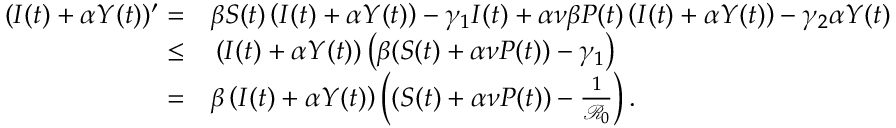
\begin{array} { r l } { ( I ( t ) + \alpha Y ( t ) ) ^ { \prime } = } & { { } \beta S ( t ) \left( I ( t ) + \alpha Y ( t ) \right) - \gamma _ { 1 } I ( t ) + \alpha \nu \beta P ( t ) \left( I ( t ) + \alpha Y ( t ) \right) - \gamma _ { 2 } \alpha Y ( t ) } \\ { \leq } & { { } \left( I ( t ) + \alpha Y ( t ) \right) \left( \beta ( S ( t ) + \alpha \nu P ( t ) ) - \gamma _ { 1 } \right) } \\ { = } & { { } \beta \left( I ( t ) + \alpha Y ( t ) \right) \left( ( S ( t ) + \alpha \nu P ( t ) ) - \frac { 1 } { \mathcal { R } _ { 0 } } \right) . } \end{array}